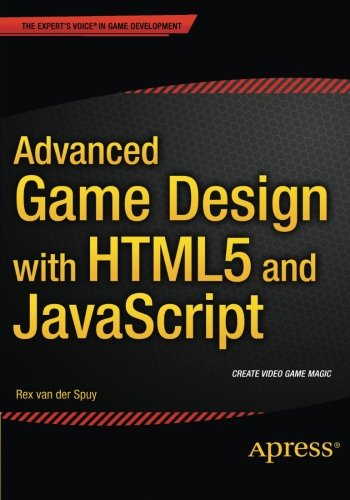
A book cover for Advanced Game Design with HTML5 and JavaScript; Rex van der Spuy; Computers & Technology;